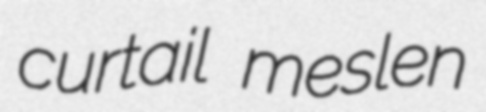
curtail meslen